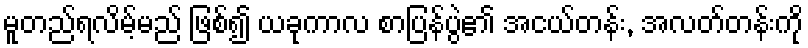
မူတည်ရလိမ့်မည် ဖြစ်၍ ယခုကာလ စာပြန်ပွဲ၏ အငယ်တန်း, အလတ်တန်းကို